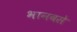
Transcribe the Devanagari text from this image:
भानवसे